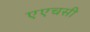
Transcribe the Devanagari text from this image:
एएचसी